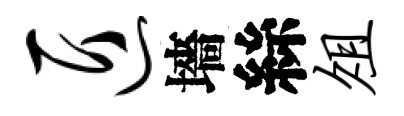
匠墻絲俎